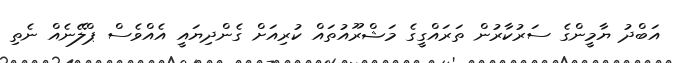
އަބްދު ޔާމީންގެ ސަރުކާރުން ތަރައްގީގެ މަޝްރޫއުތައް ކުރިއަށް ގެންދިޔައީ އެއްވެސް ޕްލޭނެއް ނެތި